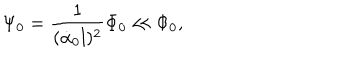
\Psi _ { 0 } = \frac { 1 } { ( \dot { \alpha } _ { 0 } l ) ^ { 2 } } \Phi _ { 0 } \ll \Phi _ { 0 } ,